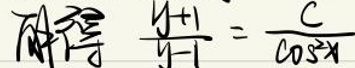
$\frac{y + 1}{y - 1}=\frac{c}{\cos^2 x}$